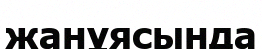
жанұясында